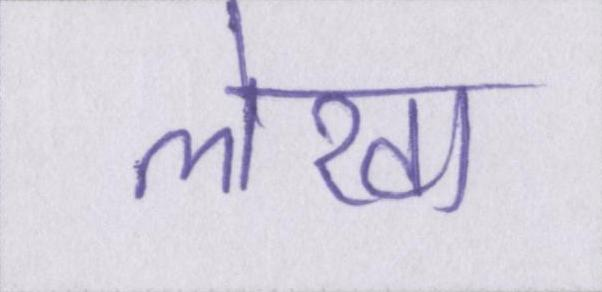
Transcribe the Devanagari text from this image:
लेखा